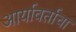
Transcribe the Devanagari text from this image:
आर्यावर्ताचा